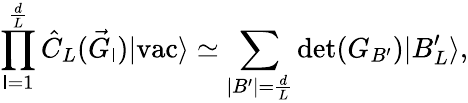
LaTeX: \prod_{\mathsf{l}=1}^{\frac{{d}}{{L}}}\hat{{C}}_{L}(\vec{{G}}_{\mathsf{l}})|\textrm{{vac}}\rangle\simeq\sum_{|B^{\prime}|=\frac{{d}}{{L}}}\textrm{{det}}(G_{B^{\prime}})|B_{L}^{\prime}\rangle,